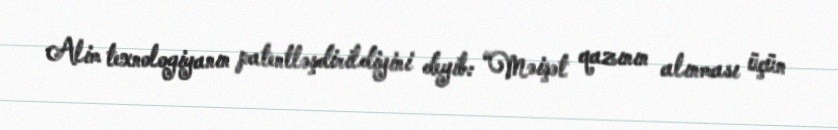
Alim texnologiyanın patentləşdirildiyini deyib: “Məişət qazının alınması üçün